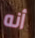
أنه